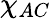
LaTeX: \chi_{AC}